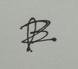
Signature authenticity: forged